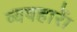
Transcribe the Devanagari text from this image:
व्यवहाराें